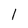
Character: 1